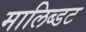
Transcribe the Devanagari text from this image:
मालिब्डट